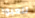
تلعبوا